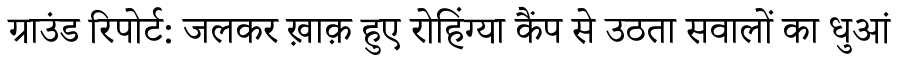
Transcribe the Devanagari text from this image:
ग्राउंड रिपोर्ट: जलकर ख़ाक़ हुए रोहिंग्या कैंप से उठता सवालों का धुआं